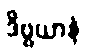
ဒိဗ္ဗယာနံ